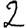
Digit: 2